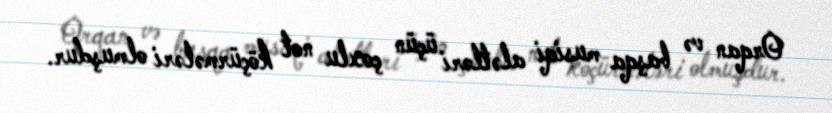
Orqan və başqa musiqi alətləri üçün çoxlu not köçürmələri olmuşdur.